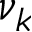
\nu _ { k }